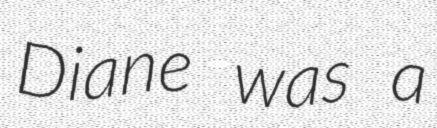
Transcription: Diane was a